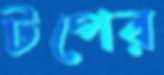
টপের